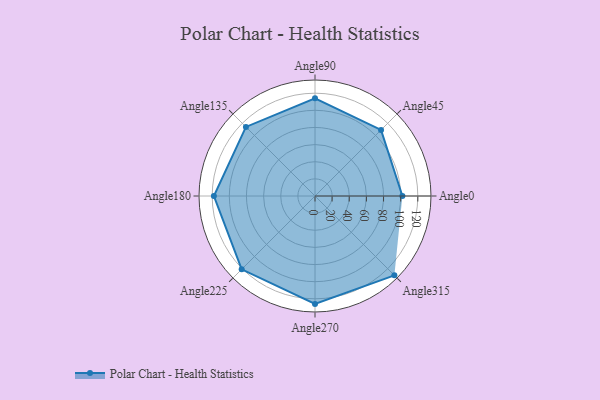
{"axis": {"x": "Angle", "y": "Radius"}, "legend": [""], "data": [{"x": "Angle0", "y": 102.0, "type": ""}, {"x": "Angle45", "y": 109.0, "type": ""}, {"x": "Angle90", "y": 114.0, "type": ""}, {"x": "Angle135", "y": 114.0, "type": ""}, {"x": "Angle180", "y": 118.0, "type": ""}, {"x": "Angle225", "y": 121.0, "type": ""}, {"x": "Angle270", "y": 126.0, "type": ""}, {"x": "Angle315", "y": 131.0, "type": ""}]}